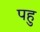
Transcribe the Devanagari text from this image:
पहु